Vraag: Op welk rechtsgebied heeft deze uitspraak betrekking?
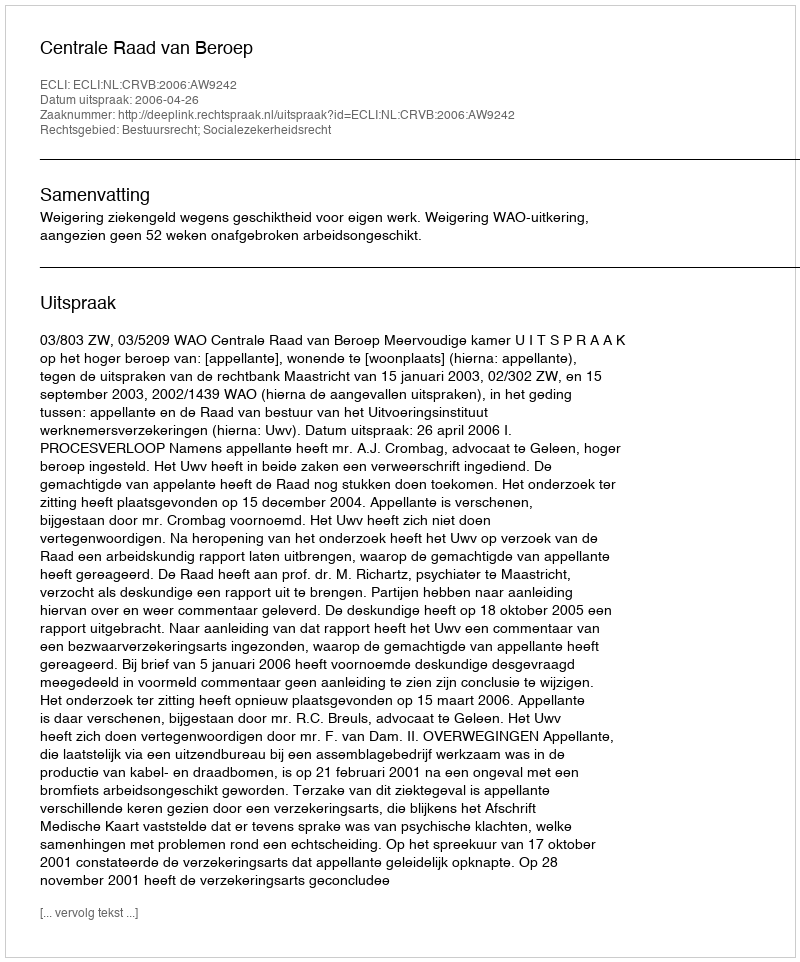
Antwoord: Bestuursrecht; Socialezekerheidsrecht